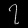
Digit: ၇